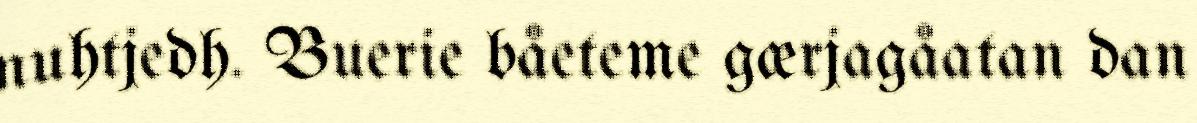
nuhtjedh. Buerie båeteme gærjagåatan dan